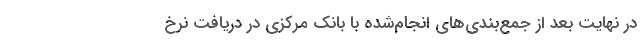
در نهایت بعد از جمع‌بندی‌های انجام‌شده با بانک مرکزی در دریافت نرخ